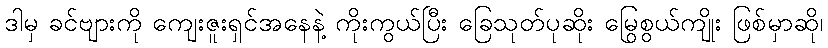
ဒါမှ ခင်ဗျားကို ကျေးဇူးရှင်အနေနဲ့ ကိုးကွယ်ပြီး ခြေသုတ်ပုဆိုး မြွေစွယ်ကျိုး ဖြစ်မှာဆို၊